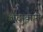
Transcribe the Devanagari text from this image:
अटाबापो